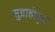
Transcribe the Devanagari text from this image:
सुग्राहीकृत